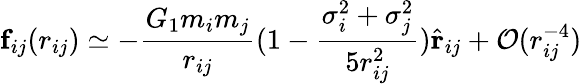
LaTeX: \mathbf{f}_{ij}(r_{ij})\simeq-\frac{G_{1}m_{i}m_{j}}{r_{ij}}(1-\frac{\sigma_{i}^{2}+\sigma_{j}^{2}}{5r_{ij}^{2}})\hat{\mathbf{r}}_{ij}+\mathcal{O}(r_{ij}^{-4})